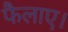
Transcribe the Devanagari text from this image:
फैलाए।